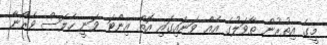
މީގެ އިތުރުން ތާވަލުގެ އެއް ވަނައިގައި އޮތް އިންޓަ ވަނީ ހެލަސް ވެރޯނާ